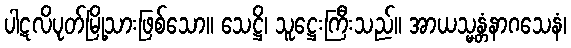
ပါဋလိပုတ်မြို့သားဖြစ်သော။ သေဋ္ဌိ၊ သူဋ္ဌေးကြီးသည်။ အာယသ္မန္တံနာဂသေနံ၊